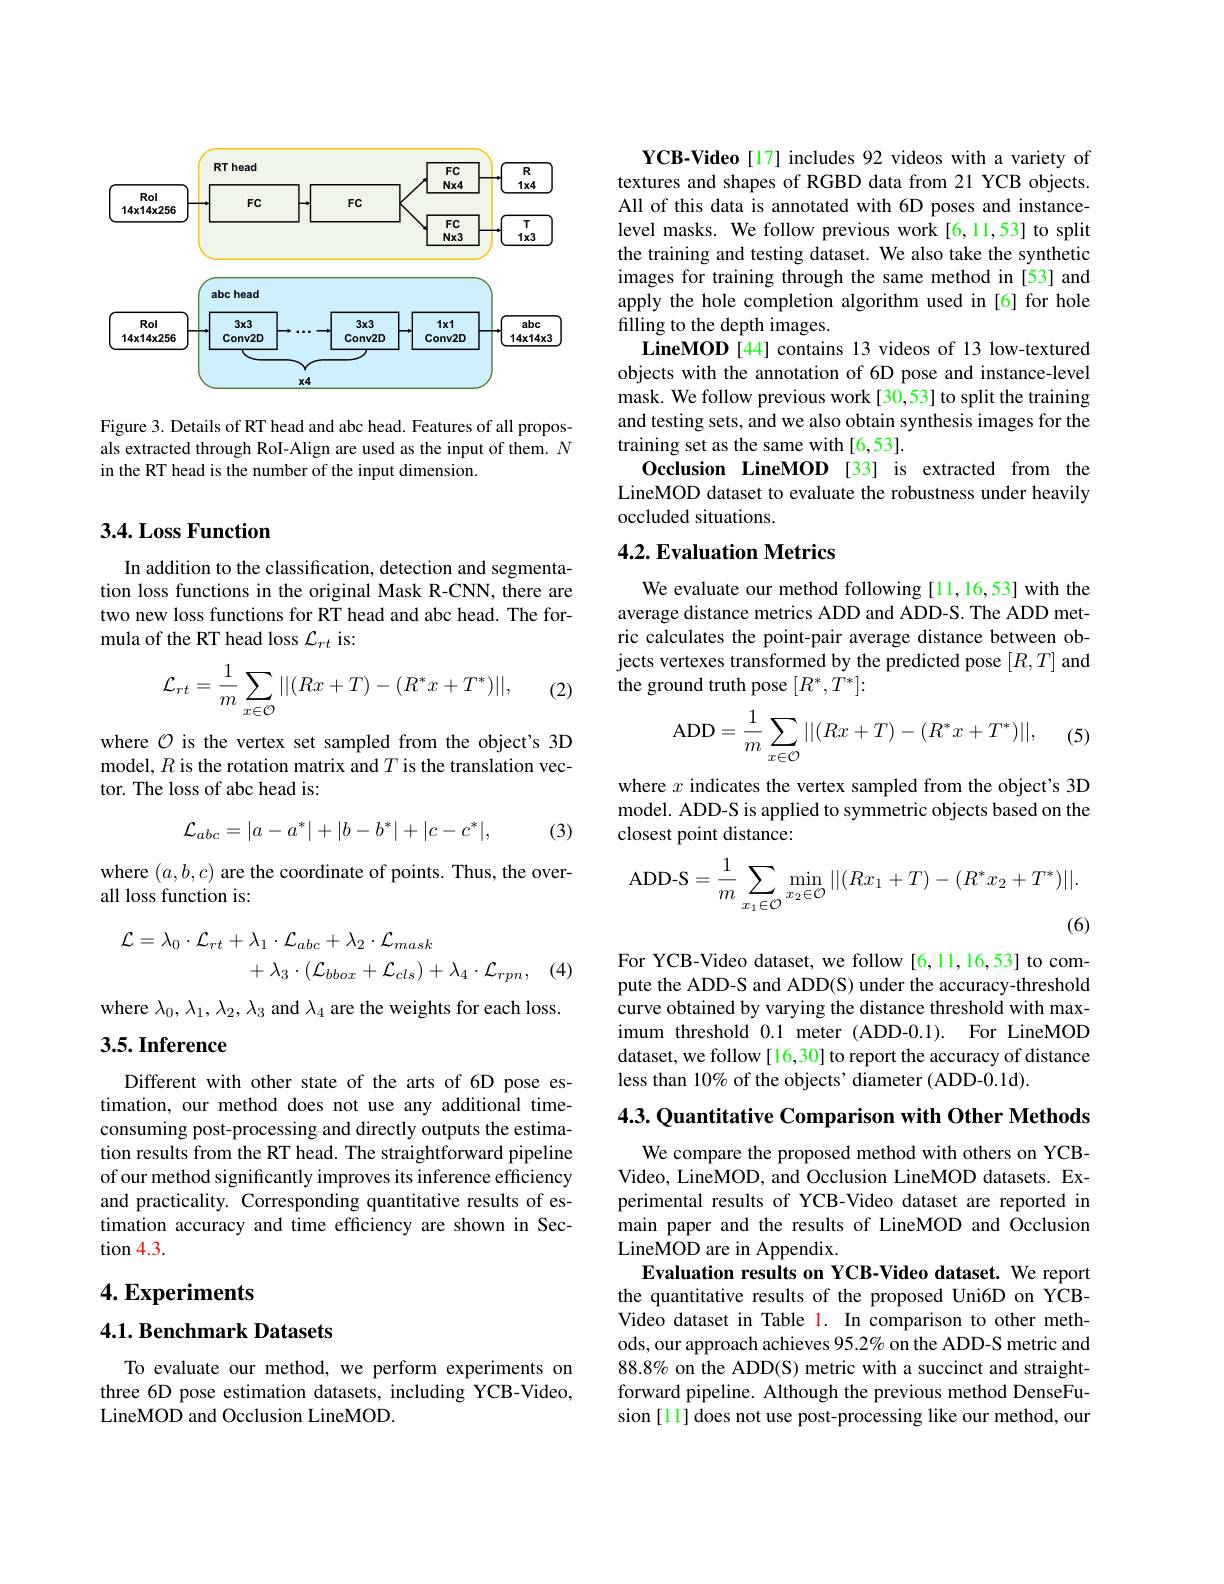
<FigureHere>

Figure 3. Details of RT head and abc head. Features of all proposals extracted through RoI-Align are used as the input of them. $N$ in the RT head is the number of the input dimension.

## 3.4. Loss Function

In addition to the classification, detection and segmentation loss functions in the original Mask R-CNN, there are two new loss functions for RT head and abc head. The formula of the RT head loss $\mathcal{L}_rt$ is:
$$\mathcal{L}_{rt}=\dfrac{1}{m}\sum\limits_{x\in\mathcal{O}}||(Rx+T)-(R^*x+T^*)||,$$
(2)

where $\mathcal{O}$ is the vertex set sampled from the object's 3D model, $R$ is the rotation matrix and $T$ is the translation vector. The loss of abc head is:
$$\mathcal{L}_{abc}=|a-a^*|+|b-b^*|+|c-c^*|,$$
(3)

where $(a,b,c)$ are the coordinate of points. Thus, the over-
all loss function is:
$$\begin{aligned}\mathcal{L}=\lambda_{0}\cdot\mathcal{L}_{rt}+\lambda_{1}\cdot\mathcal{L}_{abc}+\lambda_{2}\cdot\mathcal{L}_{mask}\\&+\lambda_{3}\cdot(\mathcal{L}_{bbox}+\mathcal{L}_{cls})+\lambda_{4}\cdot\mathcal{L}_{rpn},\end{aligned}$$
(4)

where $\lambda_0,\lambda_1,\lambda_2,\lambda_3$ and $\lambda_4$ are the weights for each loss.

## $3. 5. \textbf{Inference}$

Different with other state of the arts of 6D pose estimation, our method does not use any additional timeconsuming post-processing and directly outputs the estimation results from the RT head. The straightforward pipeline of our method significantly improves its inference efficiency and practicality. Corresponding quantitative results of estimation accuracy and time efficiency are shown in Section 4.3.

$4. \textbf{Experiments}$

## 4.1. Benchmark Datasets

To evaluate our method, we perform experiments on three 6D pose estimation datasets, including YCB-Video, LineMOD and Occlusion LineMOD.

YCB-Video [17] includes 92 videos with a variety of textures and shapes of RGBD data from 21 YCB objects. All of this data is annotated with 6D poses and instancelevel masks. We follow previous work[6,11,53] to split the training and testing dataset. We also take the synthetic images for training through the same method in [53] and apply the hole completion algorithm used in [6]for hole filling to the depth images.
LineMOD [44] contains 13 videos of 13 low-textured objects with the annotation of 6D pose and instance-level mask. We follow previous work[30,53] to split the training and testing sets, and we also obtain synthesis images for the training set as the same with [6,53].
Occlusion LineMOD [33] is extracted from the LineMOD dataset to evaluate the robustness under heavily occluded situations.

## 4.2. Evaluation Metrics

We evaluate our method following [11,16,53] with the average distance metrics ADD and ADD-S. The ADD metric calculates the point-pair average distance between objects vertexes transformed by the predicted pose $[R,T]$ and the ground truth pose $[R^*,T^*]:$

(5)
$$\mathrm{ADD}=\frac{1}{m}\sum_{x\in\mathcal{O}}||(Rx+T)-(R^{*}x+T^{*})||,$$
where $x$ indicates the vertex sampled from the object's 3D model. ADD-S is applied to symmetric objects based on the closest point distance:
$$\text{ADD-S}=\dfrac{1}{m}\sum\limits_{x_1\in\mathcal{O}}\min\limits_{x_2\in\mathcal{O}}||(Rx_1+T)-(R^*x_2+T^*)||.$$
(6)

For YCB-Video dataset, we follow [6,11,16,53] to compute the ADD-S and ADD(S) under the accuracy-threshold curve obtained by varying the distance threshold with maximum threshold 0.1 meter (ADD-0.1). For LineMOD dataset, we follow [16,30] to report the accuracy of distance less than 10% of the objects’ diameter (ADD-0.1d).

4.3. Quantitative Comparison with Other Methods

We compare the proposed method with others on YCBVideo, LineMOD, and Occlusion LineMOD datasets. Experimental results of YCB-Video dataset are reported in main paper and the results of LineMOD and Occlusion LineMOD are in Appendix.
Evaluation results on YCB-Video dataset. We report the quantitative results of the proposed Uni6D on YCBVideo dataset in Table l. In comparison to other methods, our approach achieves 95.2% on the ADD-S metric and $88.8\%$ on the ADD(S) metric with a succinct and straightforward pipeline. Although the previous method DenseFusion [11] does not use post-processing like our method, our